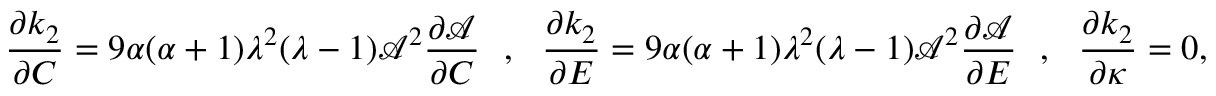
\frac { \partial k _ { 2 } } { \partial C } = 9 \alpha ( \alpha + 1 ) \lambda ^ { 2 } ( \lambda - 1 ) \mathcal { A } ^ { 2 } \frac { \partial \mathcal { A } } { \partial C } ~ ~ , ~ ~ \frac { \partial k _ { 2 } } { \partial E } = 9 \alpha ( \alpha + 1 ) \lambda ^ { 2 } ( \lambda - 1 ) \mathcal { A } ^ { 2 } \frac { \partial \mathcal { A } } { \partial E } ~ ~ , ~ ~ \frac { \partial k _ { 2 } } { \partial \kappa } = 0 ,